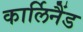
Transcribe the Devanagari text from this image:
कार्लिनैंड